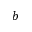
b